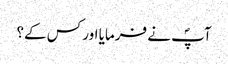
آپؐ نے فرمایا اور کس کے؟